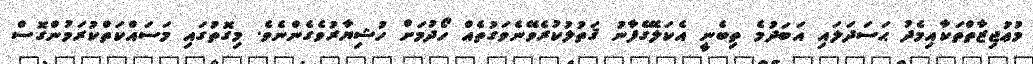
މުޢުޖިޒާތްތަކާއިމެދު ޙަސަދަލައި އަބަދުމެ ތިބެނީ އެކަލޭގެފާނު ޤަތުލުކުރެވޭނެވަގުތެއް ހޯދުމަށް ހުޝިޔާރުވެގެންނެވެ. މިގޮތުގައި މަސައްކަތްކުރަމުންގޮސް